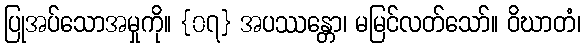
ပြုအပ်သောအမှုကို။ {၀၇} အပဿန္တော၊ မမြင်လတ်သော်။ ဝိဃာတံ၊